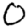
Digit: 0